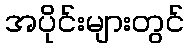
အပိုင်းများတွင်